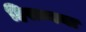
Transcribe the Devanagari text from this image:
हिरान्नया